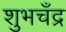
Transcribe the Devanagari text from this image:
शुभचँद्र